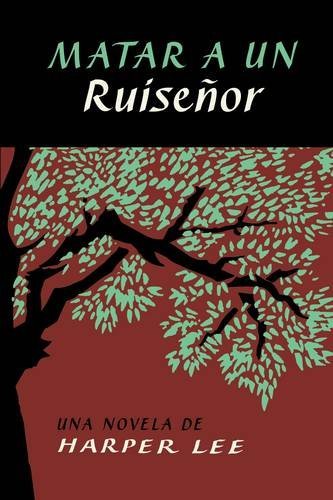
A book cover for Matar a un ruiseÃ±or (To Kill a Mockingbird - Spanish Edition); Harper Lee; Literature & Fiction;